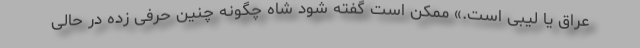
عراق یا لیبی است.» ممکن است گفته شود شاه چگونه چنین حرفی زده در حالی